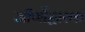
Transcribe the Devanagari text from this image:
जीर्णोद्धारक